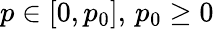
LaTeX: p\in\left[0,p_{0}\right],\, p_{0}\geq 0